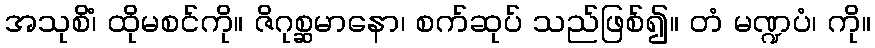
အသုစိံ၊ ထိုမစင်ကို။ ဇိဂုစ္ဆမာနော၊ စက်ဆုပ် သည်ဖြစ်၍။ တံ မဏ္ဍပံ၊ ကို။